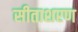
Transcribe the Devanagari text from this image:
सीताशरण